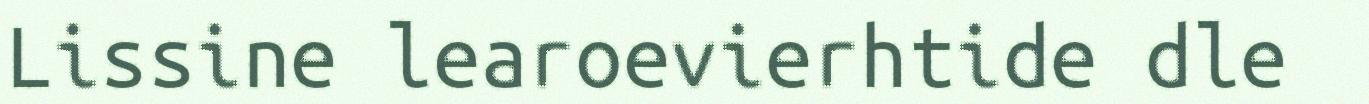
Lissine learoevierhtide dle